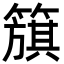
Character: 簱